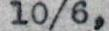
10/6,